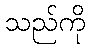
သည်ကို